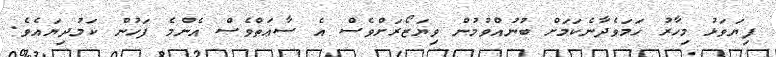
ފިޔަވަޅު މިހާރު ހަމަވެދާނެކަމަށް ބުނުއްވުމުން ވިޔަޒޯރަށްވެސް އެ ސާޢަތްވެސް އެންމެ ފަހުން ކަމުދިޔައެވެ.